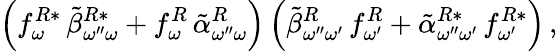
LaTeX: \left(f_{\omega}^{R*}\, \tilde{\beta}_{\omega^{\prime\prime}\omega}^{R*}+f_{\omega}^{R}\, \tilde{\alpha}_{\omega^{\prime\prime}\omega}^{R}\right)\left(\tilde{\beta}_{\omega^{\prime\prime}\omega^{\prime}}^{R}\, f_{\omega^{\prime}}^{R}+\tilde{\alpha}_{\omega^{\prime\prime}\omega^{\prime}}^{R*}\, f_{\omega^{\prime}}^{R*}\right)\, ,